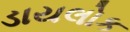
ડાયલોક